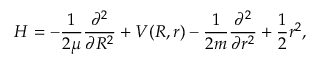
H = - \frac { 1 } { 2 \mu } \frac { \partial ^ { 2 } } { \partial R ^ { 2 } } + V ( R , r ) - \frac { 1 } { 2 m } \frac { \partial ^ { 2 } } { \partial r ^ { 2 } } + \frac { 1 } { 2 } r ^ { 2 } ,